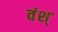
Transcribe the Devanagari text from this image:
वंश्